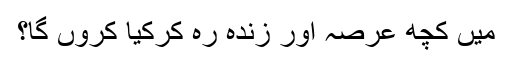
میں کچھ عرصہ اور زندہ رہ کرکیا کروں گا؟